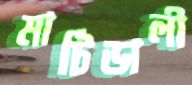
মাটিডালী